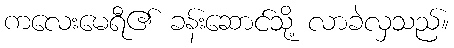
ကလေးမေရီ၏ ခန်းဆောင်သို့ လာခဲလှသည်။